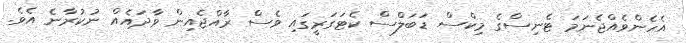
އެހެންވެއްޖެނަމަ ޓެނިސްގެ މިކްސް ޑަބަލްސް ކެޓަގަރީގައި ވެސް ރާއްޖެއިން ވާދައެއް ނުކުރާނެ އެވެ.